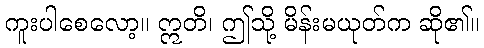
ကူးပါစေလော့။ ဣတိ၊ ဤသို့ မိန်းမယုတ်က ဆို၏။